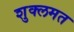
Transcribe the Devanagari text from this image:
शुक्लमत